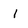
Character: I